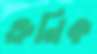
ক্রনিক